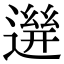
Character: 𨕧